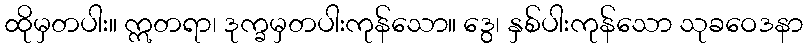
ထိုမှတပါး။ ဣတရာ၊ ဒုက္ခမှတပါးကုန်သော။ ဒွေ၊ နှစ်ပါးကုန်သော သုခဝေဒနာ